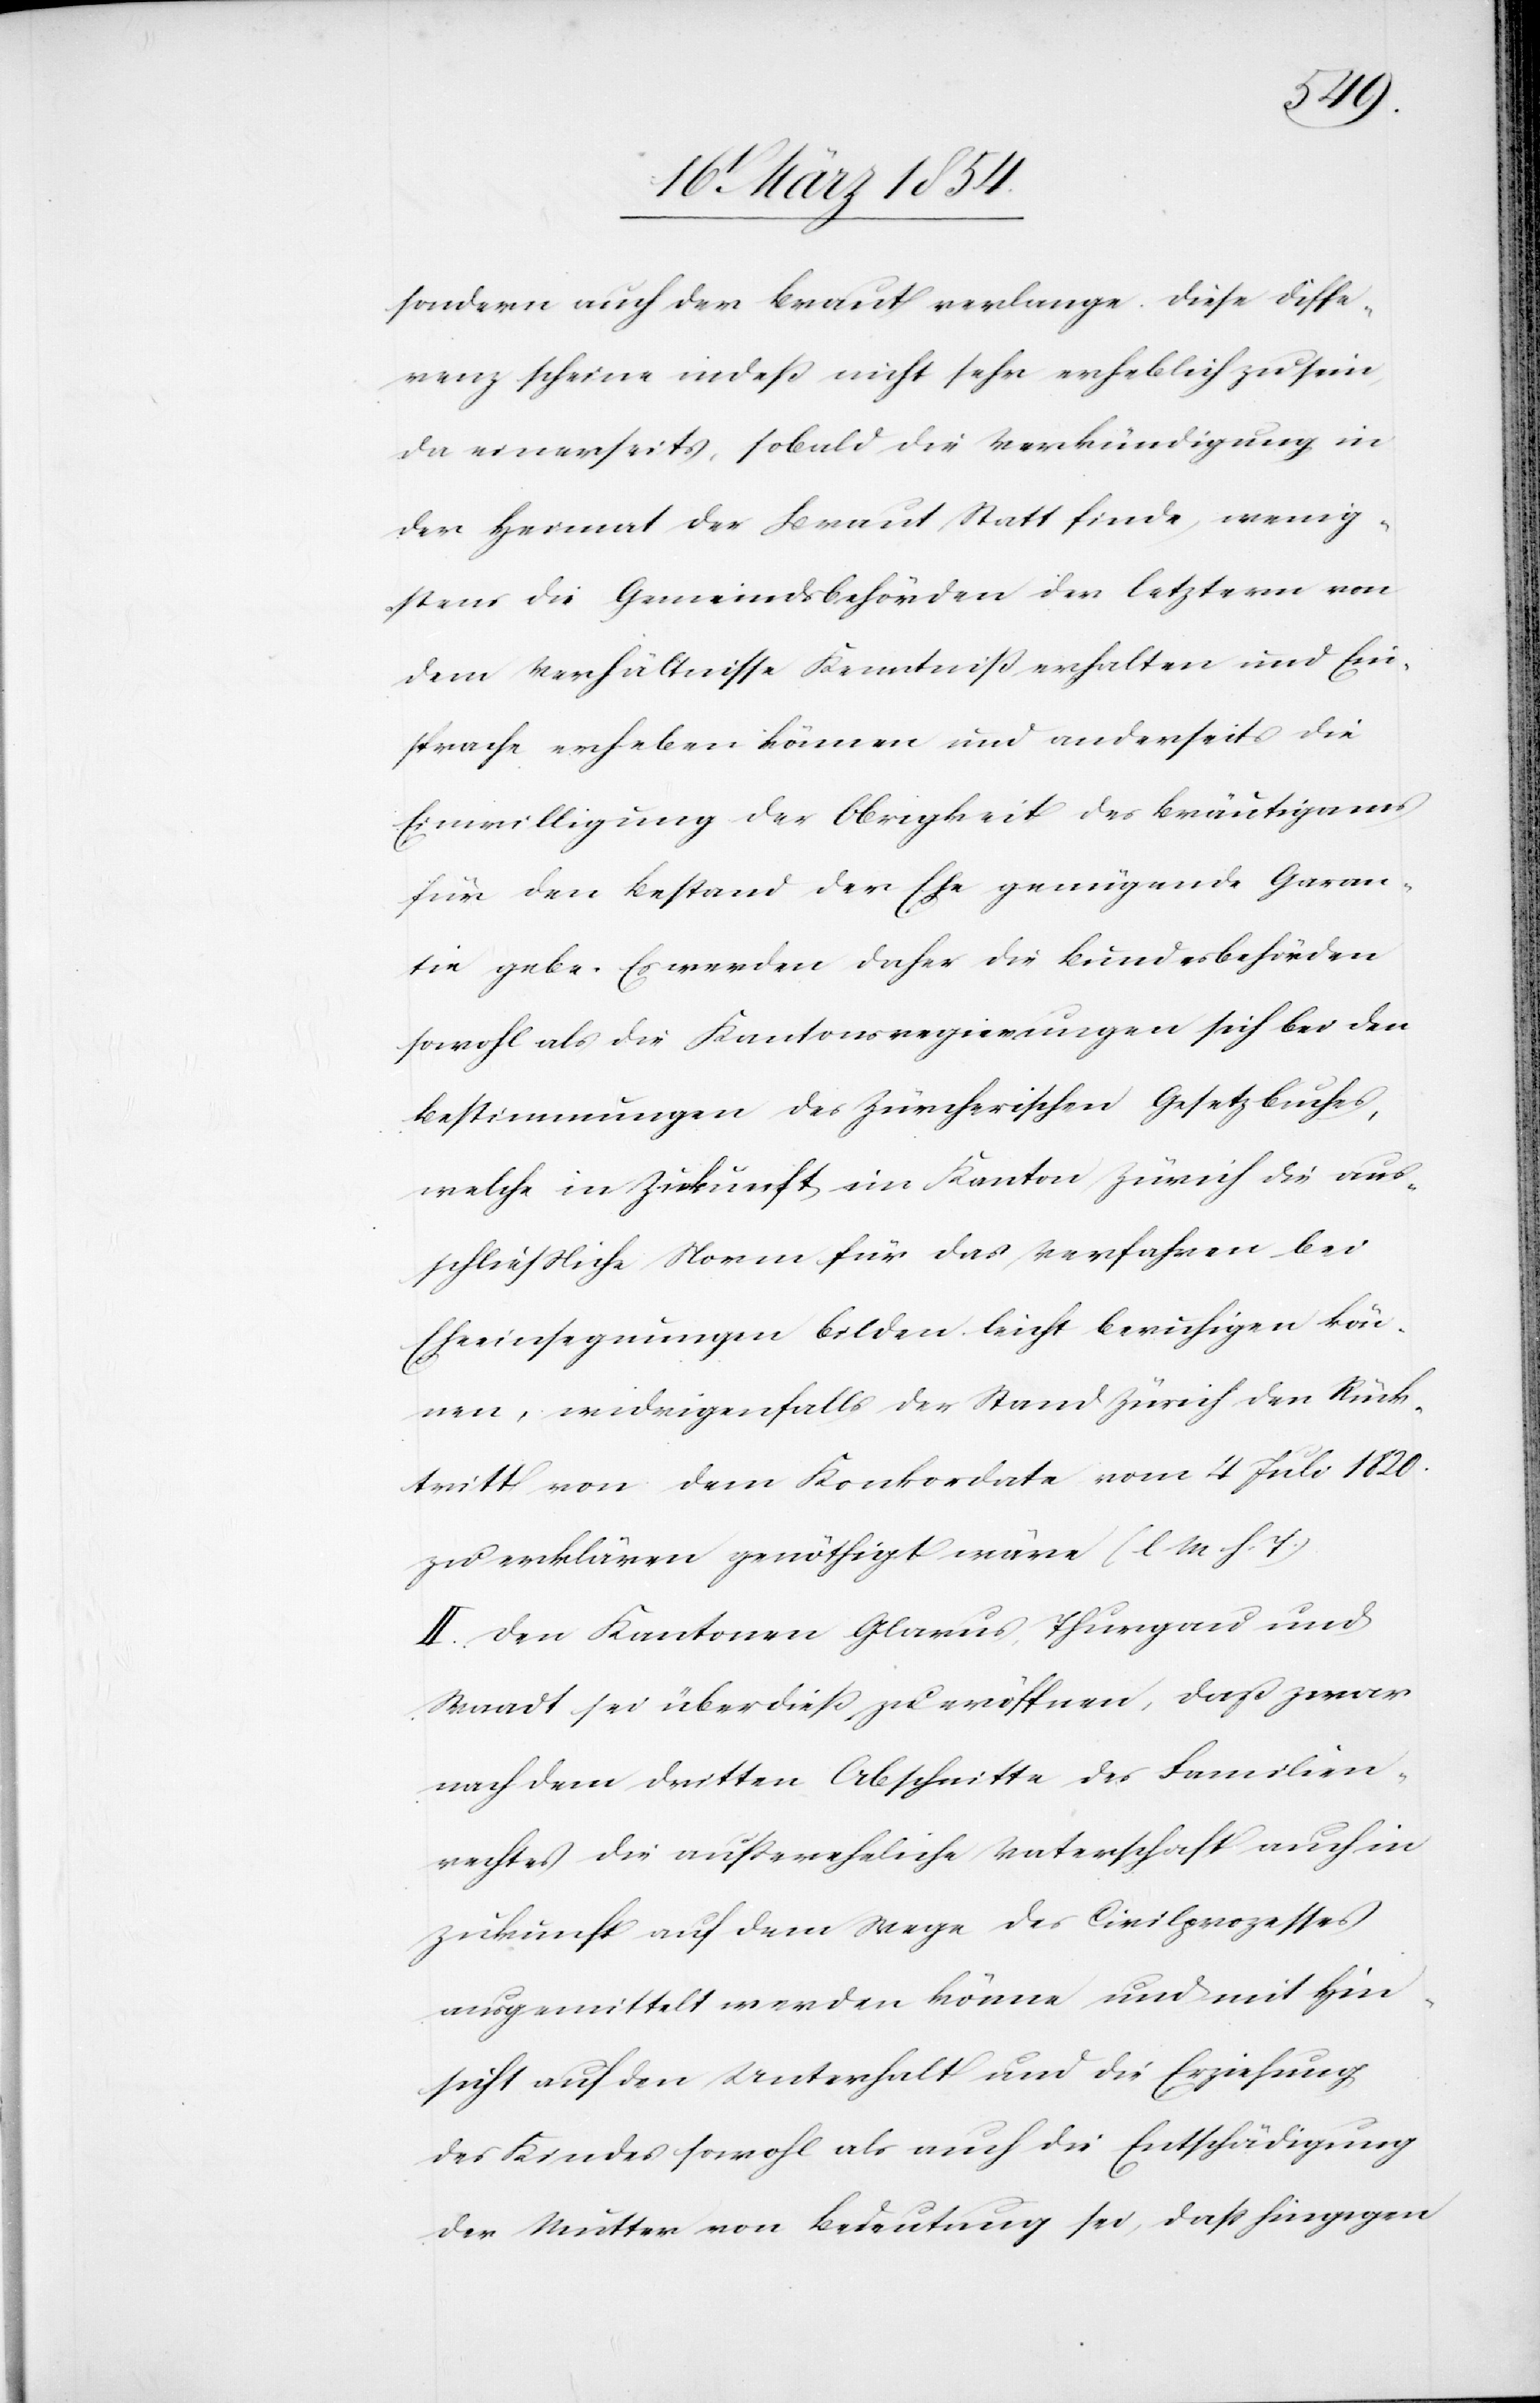
sondern auch der Braut verlange. Diese Diffe¬
renz scheine indeß nicht sehr erheblich zu sein,
da einerseits, sobald die Verkündigung in
der Heimat der Braut Statt finde, wenig¬
stens die Gemeindsbehörden der letztern von
dem Verhältnisse Kenntniß erhalten und Ein¬
sprache erheben können und anderseits die
Einwilligung der Obrigkeit des Bräutigams
für den Bestand der Ehe genügende Garan¬
tie gebe. Es werden daher die Bundesbehörden
sowohl als die Kantonsregierungen sich bei den
Bestimmungen des Zürcherischen Gesetzbuches,
welche in Zukunft im Kanton Zürich die aus¬
schließliche Norm für das Verfahren bei
Eheeinsegnungen bilden leicht beruhigen kön¬
nen, widrigenfalls der Stand Zürich den Rück¬
tritt von dem Konkordate vom 4 Juli 1820.
zu erklären genöthigt wäre (l. M. h. T.)
II. Den Kantonen Glarus, Thurgau und
Waadt sei überdieß zu eröffnen, daß zwar
nach dem dritten Abschnitte des Familien¬
rechtes die außereheliche Vaterschaft auch in
Zukunft auf dem Wege des Civilprozesses
ausgemittelt werden könne und mit Hin¬
sicht auf den Unterhalt und die Erziehung
des Kindes sowohl als auch die Entschädigung
der Mutter von Bedeutung sei, daß hingegen